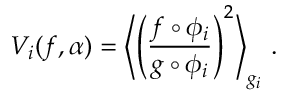
V _ { i } ( f , \alpha ) = \left\langle \left( \frac { f \circ \phi _ { i } } { g \circ \phi _ { i } } \right) ^ { 2 } \right\rangle _ { g _ { i } } \, .